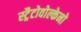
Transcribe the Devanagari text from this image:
स्ट्रैटोवोल्केनो